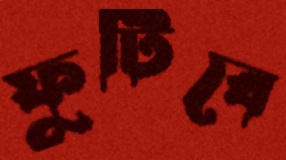
ফুটিবে